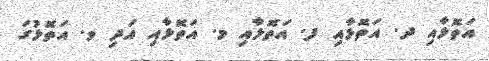
އަތޮޅާއި ދ. އަތޮޅާއި ފ. އަތޮޅާއި މ. އަތޮޅާއި އަދި ވ. އަތޮޅުގަ